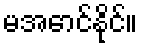
မအောင်နိုင်။